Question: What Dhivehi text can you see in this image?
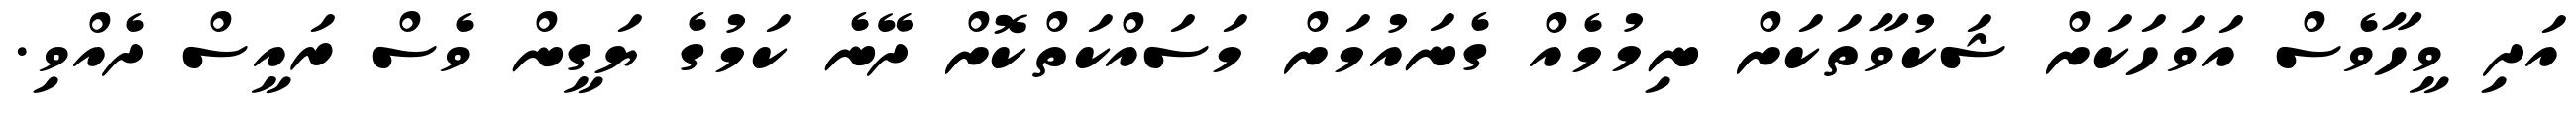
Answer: އަދި ވީހާވެސް އަވަހަކަށް ޝަކުވާތަކަށް ނިމުމެއް ގެނައުމަށް މަސައްކަތްކޮށް ދޭނެ ކަމުގެ ޔަގީން ވެސް ރައީސް ދެއްވި.